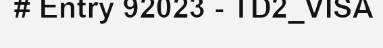
# Entry 92023 - TD2_VISA